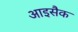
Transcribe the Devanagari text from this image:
आइसैक